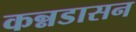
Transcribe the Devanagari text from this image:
कन्नडासन